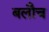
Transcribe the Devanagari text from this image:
बलौच